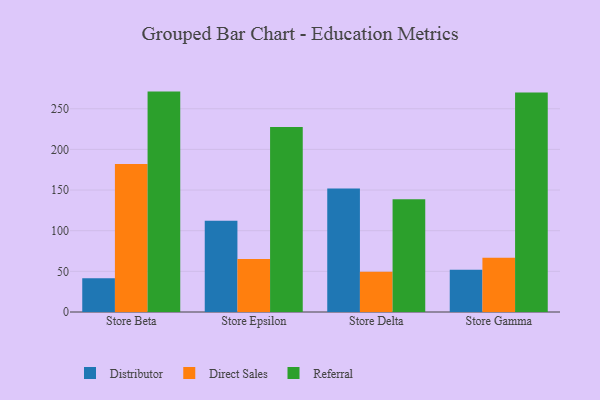
{"axis": {"x": "Store", "y": "Budget (USD K)"}, "legend": ["Direct Sales", "Distributor", "Referral"], "data": [{"x": "Store Beta", "y": 41.4, "type": "Distributor"}, {"x": "Store Beta", "y": 182.0, "type": "Direct Sales"}, {"x": "Store Beta", "y": 271.1, "type": "Referral"}, {"x": "Store Epsilon", "y": 112.3, "type": "Distributor"}, {"x": "Store Epsilon", "y": 65.3, "type": "Direct Sales"}, {"x": "Store Epsilon", "y": 227.6, "type": "Referral"}, {"x": "Store Delta", "y": 152.0, "type": "Distributor"}, {"x": "Store Delta", "y": 49.6, "type": "Direct Sales"}, {"x": "Store Delta", "y": 138.7, "type": "Referral"}, {"x": "Store Gamma", "y": 52.1, "type": "Distributor"}, {"x": "Store Gamma", "y": 66.7, "type": "Direct Sales"}, {"x": "Store Gamma", "y": 269.9, "type": "Referral"}]}